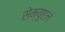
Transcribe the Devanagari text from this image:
सेम्युएल